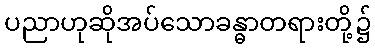
ပညာဟုဆိုအပ်သောခန္ဓာတရားတို့၌